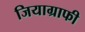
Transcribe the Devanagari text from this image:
जियाग्राफी